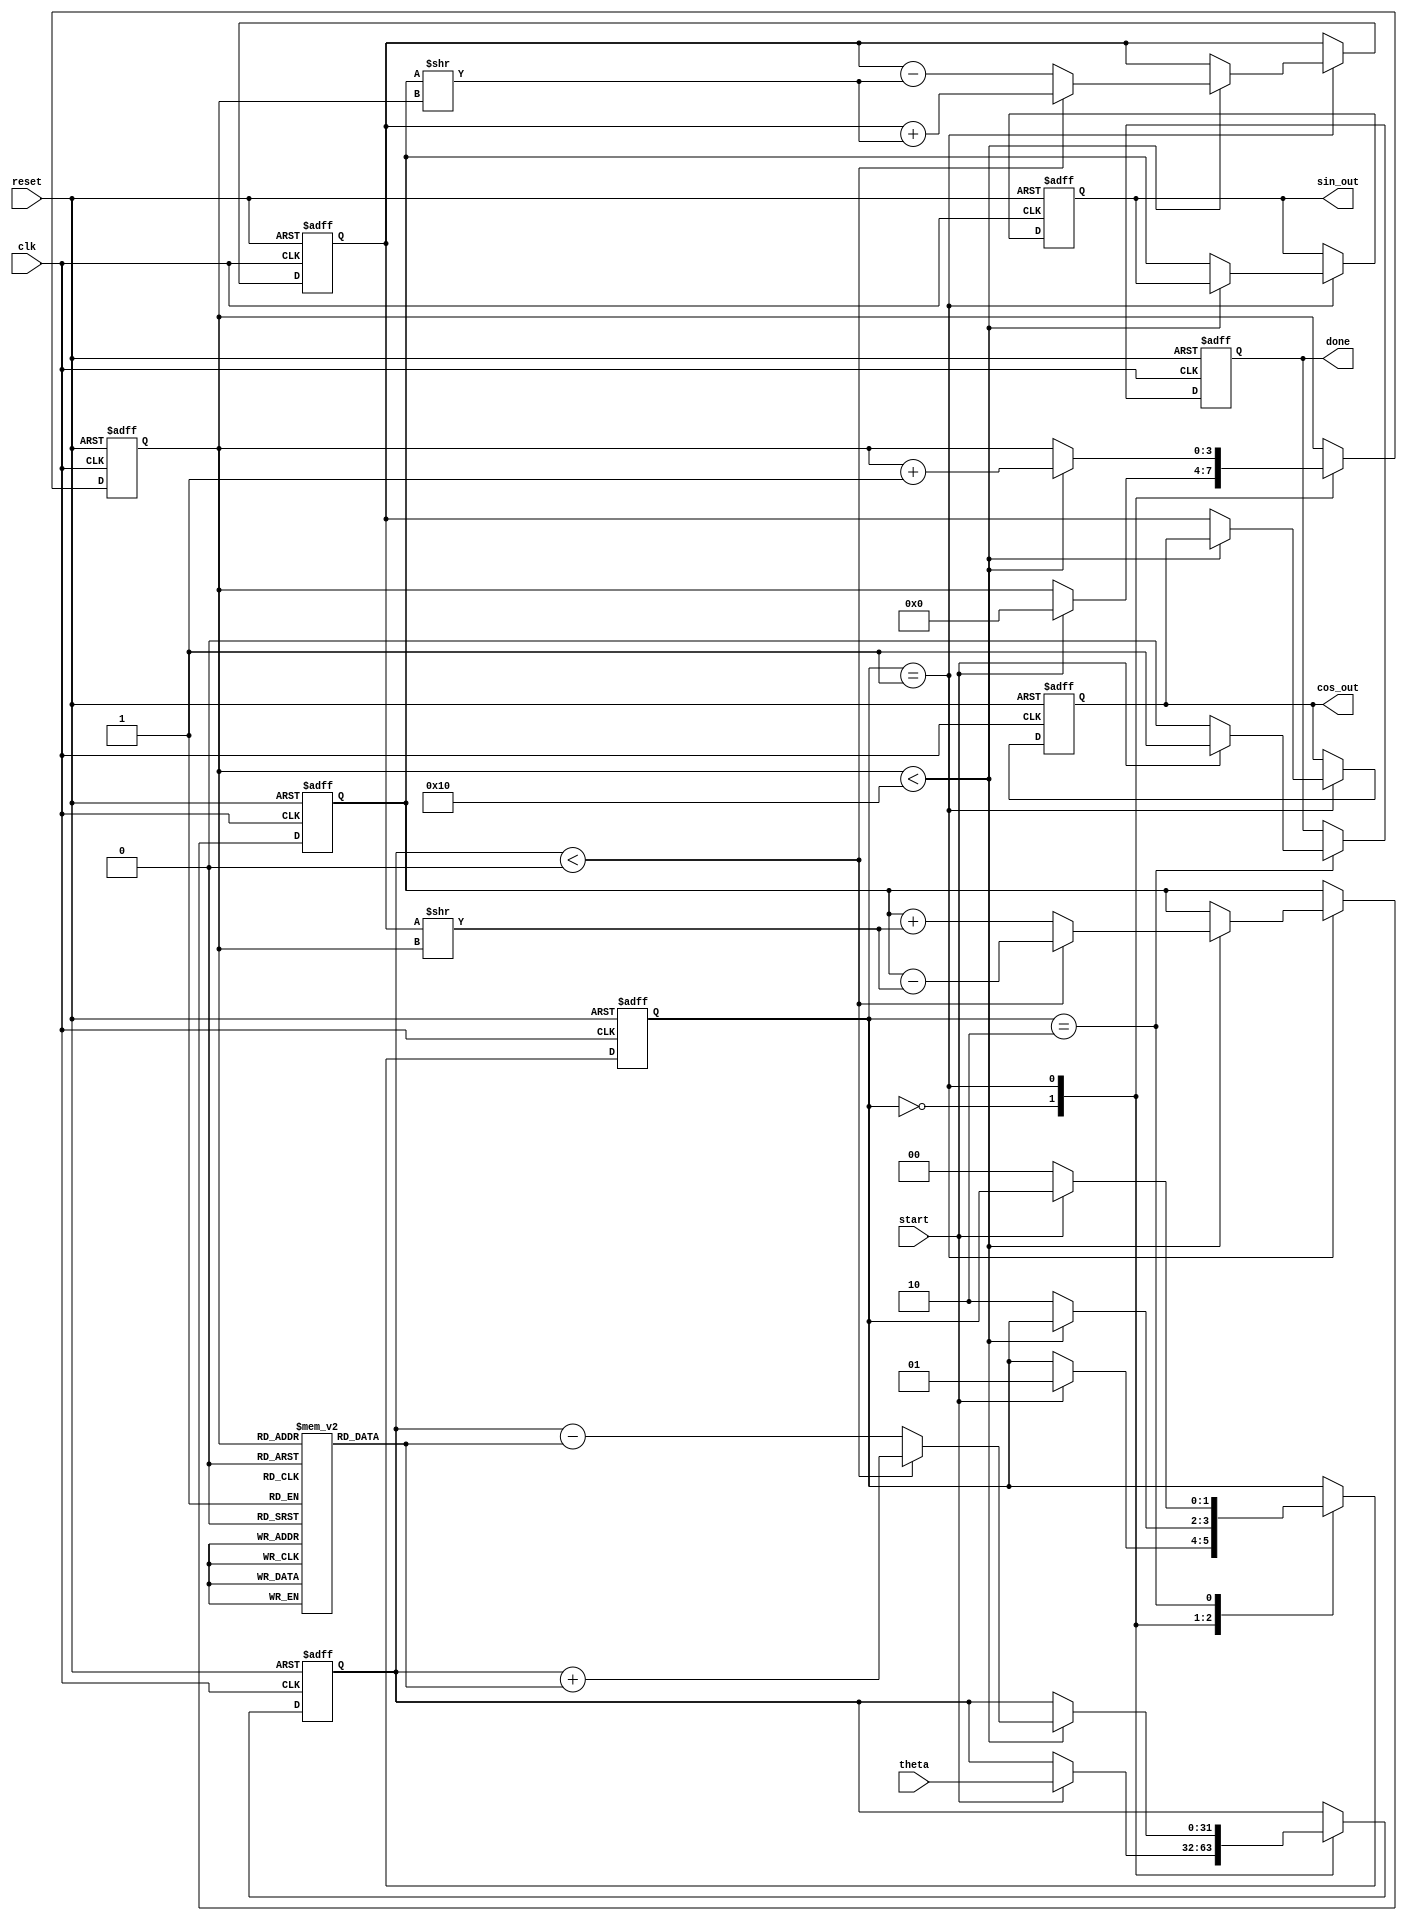
module cordic (
    input wire clk,
    input wire reset,
    input wire start,
    input wire [31:0] theta, // Fixed-point representation of the input angle
    output reg [31:0] sin_out, // Sine output
    output reg [31:0] cos_out, // Cosine output
    output reg done // Done signal
);

    // Parameter definitions
    parameter NUM_ITERATIONS = 16; // Number of iterations
    parameter FIXED_POINT_FRACTIONAL_BITS = 16; // Fractional bits for fixed-point representation

    // Internal registers
    reg [31:0] x_reg; // X coordinate
    reg [31:0] y_reg; // Y coordinate
    reg [31:0] angle_reg; // Current angle
    reg [3:0] iteration_counter; // Iteration counter
    reg [1:0] state; // State machine state

    // State machine states
    localparam IDLE = 2'b00;
    localparam COMPUTING = 2'b01;
    localparam DONE = 2'b10;

    // Angle lookup table for arctangent values (in fixed-point format)
    reg [31:0] atan_table [0:NUM_ITERATIONS-1];

    // Initialize the arctangent values (in fixed-point format)
    initial begin
        atan_table[0] = 32'h00000000; // atan(2^0) = 0
        atan_table[1] = 32'h0000003F; // atan(2^-1) = 0.25
        atan_table[2] = 32'h00000020; // atan(2^-2) = 0.125
        atan_table[3] = 32'h00000015; // atan(2^-3) = 0.0625
        atan_table[4] = 32'h0000000A; // atan(2^-4) = 0.03125
        atan_table[5] = 32'h00000005; // atan(2^-5) = 0.015625
        atan_table[6] = 32'h00000002; // atan(2^-6) = 0.0078125
        atan_table[7] = 32'h00000001; // atan(2^-7) = 0.00390625
        atan_table[8] = 32'h00000001; // atan(2^-8) = 0.001953125
        atan_table[9] = 32'h00000000; // atan(2^-9) = 0.0009765625
        atan_table[10] = 32'h00000000; // atan(2^-10) = 0.00048828125
        atan_table[11] = 32'h00000000; // atan(2^-11) = 0.000244140625
        atan_table[12] = 32'h00000000; // atan(2^-12) = 0.0001220703125
        atan_table[13] = 32'h00000000; // atan(2^-13) = 0.00006103515625
        atan_table[14] = 32'h00000000; // atan(2^-14) = 0.000030517578125
        atan_table[15] = 32'h00000000; // atan(2^-15) = 0.0000152587890625
    end

    // State machine and computation logic
    always @(posedge clk or posedge reset) begin
        if (reset) begin
            x_reg <= 32'h00010000; // Initial value for x (cos(0) = 1.0 in fixed-point)
            y_reg <= 32'h00000000; // Initial value for y (sin(0) = 0.0 in fixed-point)
            angle_reg <= 32'h00000000; // Initialize angle
            iteration_counter <= 0; // Reset iteration counter
            state <= IDLE; // Set state to IDLE
            done <= 0; // Clear done signal
            sin_out <= 0; // Clear sine output
            cos_out <= 0; // Clear cosine output
        end else begin
            case (state)
                IDLE: begin
                    if (start) begin
                        angle_reg <= theta; // Load input angle
                        iteration_counter <= 0; // Reset iteration counter
                        state <= COMPUTING; // Transition to COMPUTING state
                    end
                end

                COMPUTING: begin
                    if (iteration_counter < NUM_ITERATIONS) begin
                        // CORDIC rotation logic
                        if (angle_reg < 0) begin
                            x_reg <= x_reg + (y_reg >> iteration_counter); // X update
                            y_reg <= y_reg - (x_reg >> iteration_counter); // Y update
                            angle_reg <= angle_reg + atan_table[iteration_counter]; // Update angle
                        end else begin
                            x_reg <= x_reg - (y_reg >> iteration_counter); // X update
                            y_reg <= y_reg + (x_reg >> iteration_counter); // Y update
                            angle_reg <= angle_reg - atan_table[iteration_counter]; // Update angle
                        end
                        iteration_counter <= iteration_counter + 1; // Increment iteration counter
                    end else begin
                        // Final output assignment
                        cos_out <= x_reg; // Final cosine output
                        sin_out <= y_reg; // Final sine output
                        state <= DONE; // Transition to DONE state
                    end
                end

                DONE: begin
                    done <= 1; // Assert done signal
                    if (!start) begin
                        state <= IDLE; // Transition back to IDLE if start is low
                        done <= 0; // Clear done signal
                    end
                end
            endcase
        end
    end
endmodule